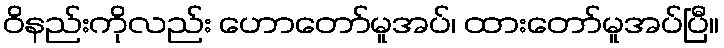
ဝိနည်းကိုလည်း ဟောတော်မူအပ်၊ ထားတော်မူအပ်ပြီ။